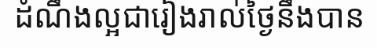
ដំណឹងល្អជារៀងរាល់ថ្ងៃនឹងបាន